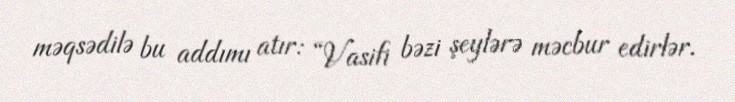
məqsədilə bu addımı atır: “Vasifi bəzi şeylərə məcbur edirlər.